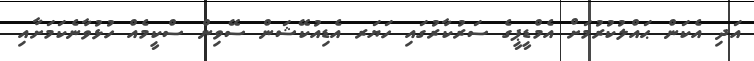
އަދި އެކަން ޙައްލުކުރުމަށް އެމްޑީޕީގެ ސަރުކާރުގައި ހަޔަރ އެޑިއުކޭޝަން ސޭވިން ސްކީމެއް ހުޅުވާނެކަމަށާއި